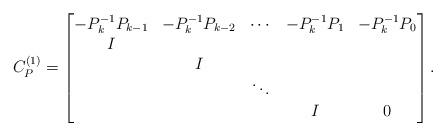
LaTeX: \begin{align*} C_P^{(1)} = \begin{bmatrix} -P_k^{-1} P_{k-1} & -P_{k}^{-1}P_{k-2} & \cdots & -P_{k}^{-1}P_1 & -P_{k}^{-1}P_0\\I & & & & \\& I & & & \\& & \ddots & &\\& & & I & 0\end{bmatrix}. \end{align*}